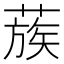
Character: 蔟